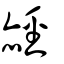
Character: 䞓